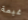
غيمة